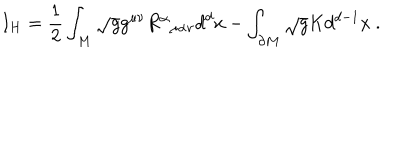
LaTeX: I _ { H } = \frac { 1 } { 2 } \int _ { M } \sqrt { g } g ^ { \mu \nu } R _ { \; \; \mu \alpha \nu } ^ { \alpha } d ^ { d } x - \int _ { \partial M } \sqrt { g } K d ^ { d - 1 } x \ .